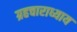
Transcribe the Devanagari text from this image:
ग्रहचाराध्याय